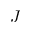
J